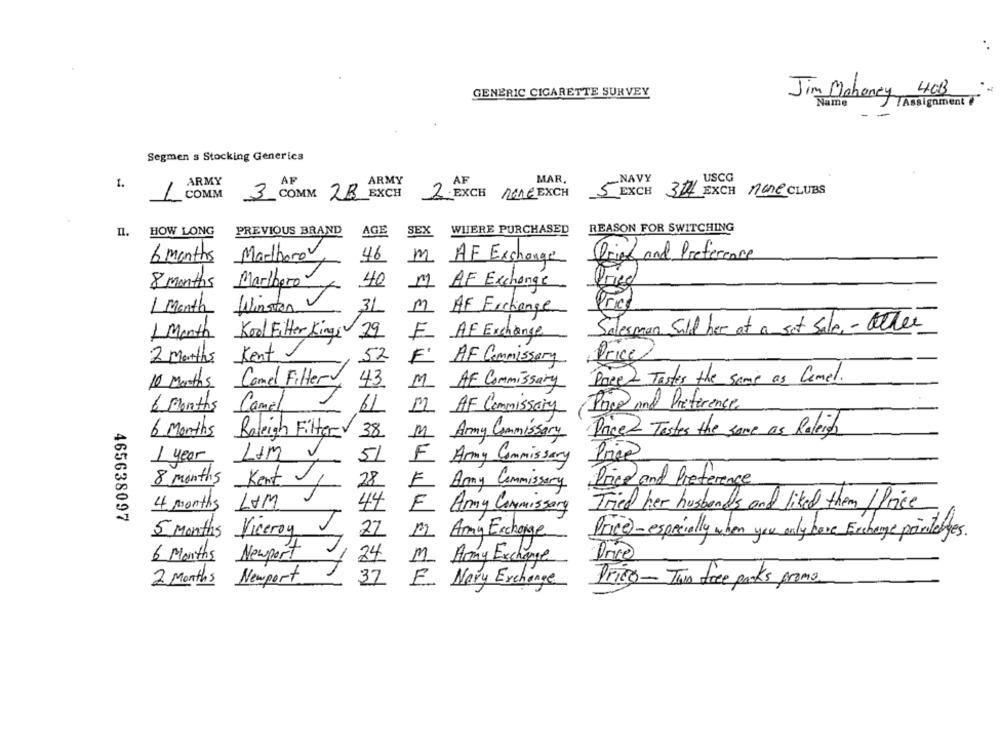
40B
GENERIC CIGARETTE SURVEY
Jim Mahoney
Name
/Assignment
- -
Segmen s Stocking Generics
ARMY
AF
ARMY
AF
MAR.
NAVY
USCG
COMM
2B
EXCH
2 . EXCH NACEXCH
5
EXCH
30 EXCH none CLUBS
1
3 COMM
HOW LONG
PREVIOUS BRAND
AGE
SEX
WHERE PURCHASED
REASON FOR SWITCHING
Dried and Preference
6 months Marlboro
46
m AF Exchange
8 Months Marlboro
40
11 AF Exchange
Dried
Ore
1 Month Winston
31
m AF Exchange
Salesman Sild her of a set sale - Other
1 Month Kool Fitter Kings 29
F AF Exchange
2 Months
Kent
52
F' AF Commissary
Price
10 Months
Camel Filter
43
M AF Commissary
Pace- Tastes the same as Camel.
6 Months
Camel
11
II AF Commissary
Page and Preference
6 Months
M Army Commissar
Price - Testes the same as Raleigh
Raleigh Filter 38
1 year
LIM
V
51
F Army Commissary
8 months
Kent
28
E Any Commissary
Price and Preference
4 months LOM
44
F Army Commissary
Tried her husbands and liked them / Price
465638097
5 Months Viceroy J
22
12 Any Exchange
Price)-especially when you only bove Exchange printerges.
Newport
1
6 Months
1 24 M Army Exchange
2 Months
Newport
37 E- Nary Exchange
Pris- Twin free parks promo